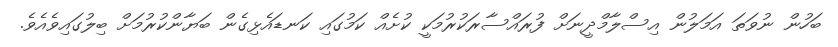
ބަހުން ނުވަތަ އަމަލުން އިސްލާމްދީނަށް ފުރައްސާރަކުރުމަކީ ކުށެއް ކަމުގައި ކަނޑައެޅިގެން ބަޔާންކުރުމަށް ބިލުގައިވެއެވެ.